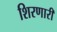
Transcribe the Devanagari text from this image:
शिरणारी